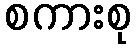
စကားစု